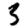
Digit: 3